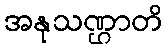
အနုသဏ္ဌာတိ